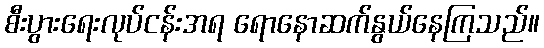
စီးပွားရေးလုပ်ငန်းအရ ရောနောဆက်နွယ်နေကြသည်။